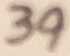
Text: 39